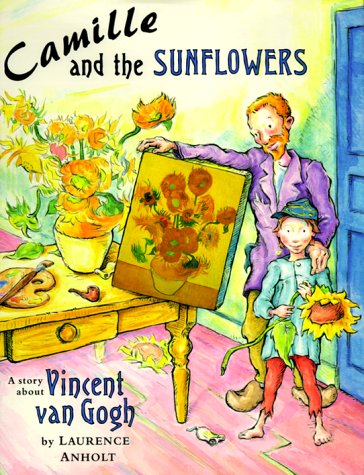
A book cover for Camille and the Sunflowers; Laurence Anholt; Children's Books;